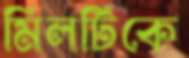
মিলটিকে